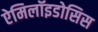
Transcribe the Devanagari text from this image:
ऐमिलॉइडोसिस